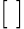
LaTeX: [\; ]